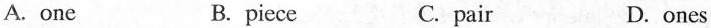
A. one B. piece C. pair D. ones